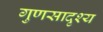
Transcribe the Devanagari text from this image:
गुणसादृश्य